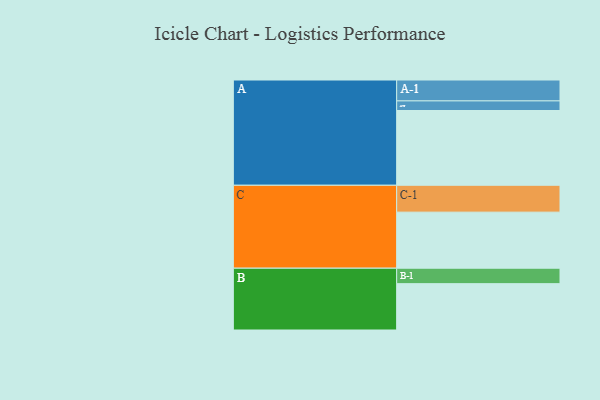
{"axis": {"x": "Segment", "y": "Value"}, "legend": ["", "A", "B", "C"], "data": [{"x": "A", "y": 576, "type": ""}, {"x": "B", "y": 357, "type": ""}, {"x": "C", "y": 432, "type": ""}, {"x": "A-1", "y": 161, "type": "A"}, {"x": "A-2", "y": 74, "type": "A"}, {"x": "B-1", "y": 119, "type": "B"}, {"x": "C-1", "y": 207, "type": "C"}]}